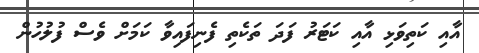
އާއި ކަތިވަޅި އާއި ކަޓަރު ފަދަ ތަކެތި ފެނިފައިވާ ކަމަށް ވެސް ފުލުހުން